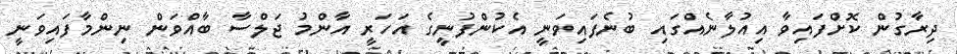
ދިރާގުން ކޮށްފައިވާ އިއުލާނެއްގައި ބުނެފައިވަނީ އެކުންފުނީގެ އަހަރީ އާންމު ޖަލްސާ ބާއްވަން ނިންމާފައިވަނީ